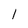
Character: 1